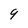
Character: 9